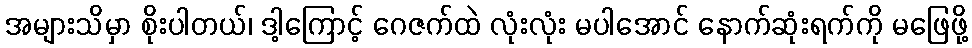
အများသိမှာ စိုးပါတယ်၊ ဒါ့ကြောင့် ဂေဇက်ထဲ လုံးလုံး မပါအောင် နောက်ဆုံးရက်ကို မဖြေဖို့